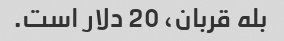
بله قربان، 20 دلار است.